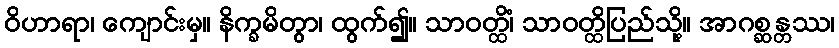
ဝိဟာရာ၊ ကျောင်းမှ။ နိက္ခမိတွာ၊ ထွက်၍။ သာဝတ္ထိံ၊ သာဝတ္ထိပြည်သို့။ အာဂစ္ဆန္တဿ၊